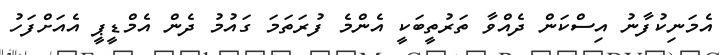
އެމަނިކުފާނު އިސްކަން ދެއްވާ ތަރުތީބަކީ އެންމެ ފުރަތަމަ ގައުމު ދެން އެމްޑީޕީ އެއަށްފަހު